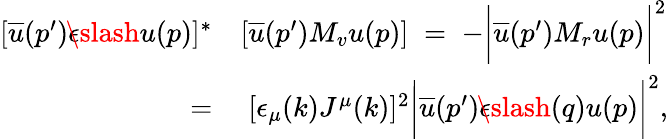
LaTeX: \begin{array}{rl}{{[\overline{{u}}(p^{\prime})\epsilon\! \! \! \slash u(p)]^{*}}}&{{[\overline{{u}}(p^{\prime})M_{v}u(p)]\; =\; -\biggl|\overline{{u}}(p^{\prime})M_{r}u(p)\biggr|^{2}}}\\ {{\; =}}&{{\; [\epsilon_{\mu}(k)J^{\mu}(k)]^{2}\biggl|\overline{{u}}(p^{\prime})\epsilon\! \! \! \slash(q)u(p)\biggr|^{2},}}\end{array}